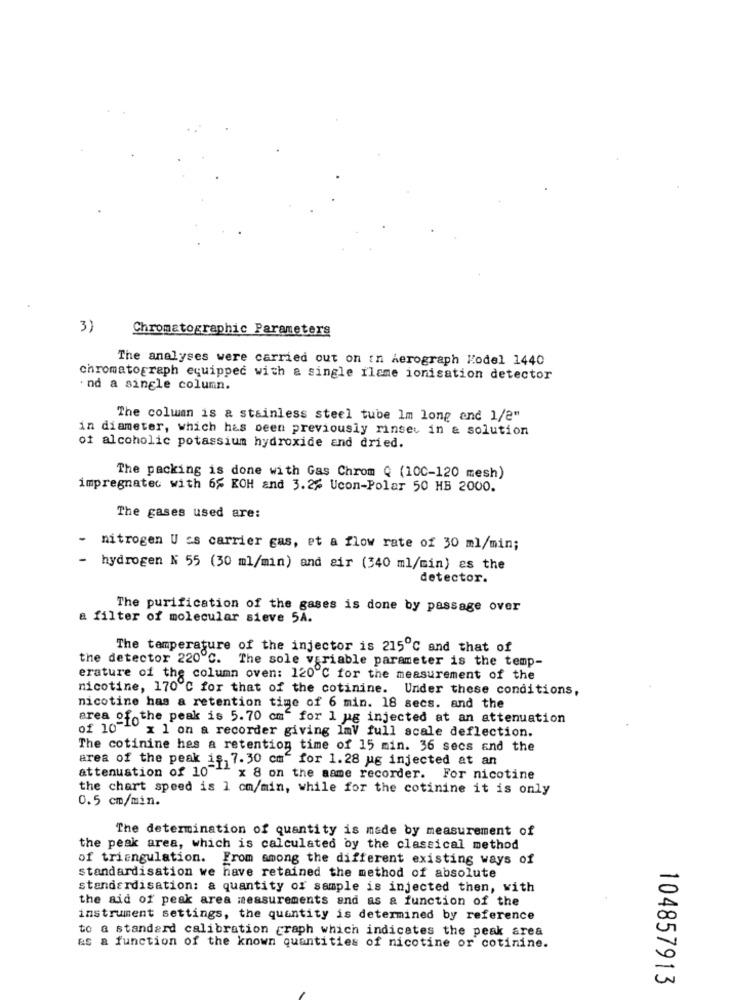
3)
Chromatographic Parameters
The analyses were carried out on in Aerograph Kodel 1440
chromatograph equipped with a single flame ionisation detector
· nd a single column.
The column is & stainless steel tube Im long and 1/2"
in diameter, which has been previously rinset in & solution
of alcoholic potassium hydroxide and dried.
The packing is done with Gas Chrom Q (100-120 mesh)
impregnated with 65 KOH and 3.2% Ucon-Polar 50 HB 2000.
The gases used are:
- nitrogen U ss carrier gas, et a flow rate of 30 ml/min;
- hydrogen N 55 (30 ml/min) and air (340 ml/min) es the
detector.
The purification of the gases is done by passage over
a filter of molecular sieve 5A.
The temperature of the injector is 215℃ and that of
the detector 220℃.
The sole variable parameter is the temp-
erature of the column oven: 120℃ for the measurement of the
nicotine, 170 ℃ for that of the cotinine. Under these conditions,
nicotine has a retention time of 6 min. 18 secs. and the
area of the peak is 5.70 cm' for 1 ug injected at an attenuation
of 10" " x 1 on a recorder giving ImV full scale deflection.
The cotinine hes a retention time of 15 min. 36 secs and the
area of the peak is, 7.30 cm" for 1.28 ug injected at an
attenuation of 10""
x 8 on the same recorder. For nicotine
the chart speed is 1 cm/min, while for the cotinine it is only
0.5 cm/min.
The determination of quantity is made by measurement of
the peak area, which is calculated by the classical method
of triangulation. From among the different existing ways of
standardisation we have retained the method of absolute
standardisation: a quantity of sample is injected then, with
the aid of peak area measurements and as a function of the
instrument settings, the quantity is determined by reference
to a standard calibration graph which indicates the peak area
as a function of the known quantities of nicotine or cotinine.
104857913